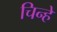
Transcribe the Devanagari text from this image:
चिन्हें